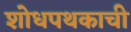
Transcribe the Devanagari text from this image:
शोधपथकाची